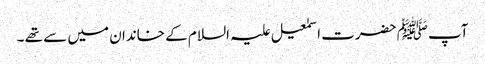
آپﷺ حضرت اسمٰعیل علیہ السلام کے خاندان میں سے تھے ۔